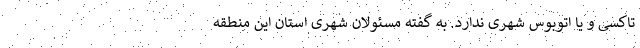
تاکسی و یا اتوبوس شهری ندارد. به گفته مسئولان شهری استان این منطقه